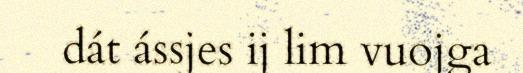
dát ássjes ij lim vuojga